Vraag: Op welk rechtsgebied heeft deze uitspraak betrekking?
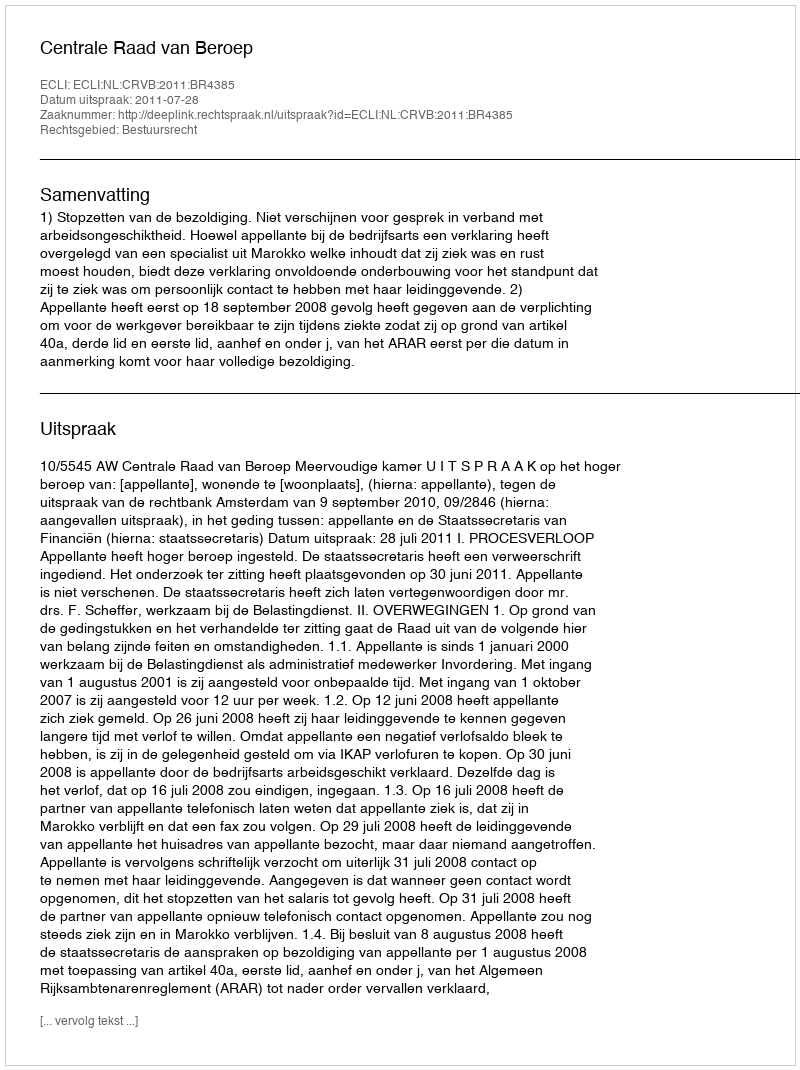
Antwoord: Bestuursrecht